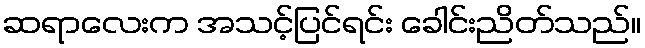
ဆရာလေးက အသင့်ပြင်ရင်း ခေါင်းညိတ်သည်။